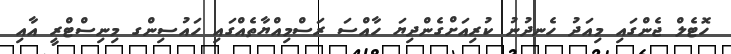
ހޮޓެލް ޖެންގައި މިއަދު ހެނދުނު ކުރިއަށްގެންދިޔަ ހާއްސަ ރަސްމިއްޔާތެއްގައި ހައުސިންގ މިނިސްޓްރީ އާއި